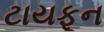
ટાયફૂન